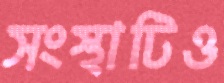
সংস্থাটিও